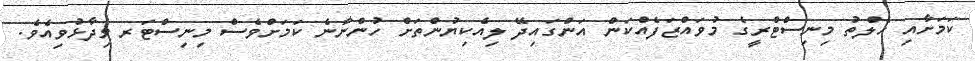
ކަމަށާއި ހެލްތު މިނިސްޓްރީގެ މުވައްޒަފެއްކަން އަންގައިދޭ ލިއެކިޔުންތަށް ހުންނާނެ ކަމަށްވެސް މިނިސްޓަރ ވިދާޅުވިއެވެ.